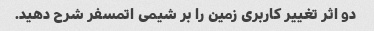
دو اثر تغییر کاربری زمین را بر شیمی اتمسفر شرح دهید.